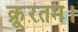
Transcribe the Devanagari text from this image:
क्रूरतम।